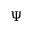
\Psi